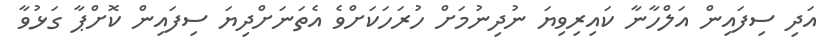
އަދި ސިފައިން އަލްހާނާ ކައިރިވިޔަ ނުދިނުމަށް ހުރަހަކަށްވެ އެތަނަށްދިޔަ ސިފައިން ކޮށްޕާ ގަޅުވާ